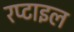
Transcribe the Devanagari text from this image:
रप्टाइल